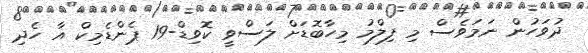
ދުވަހުން ނަމަވެސް މި ފިލްމު މިހާބޮޑަށް ލަސްވީ ކޮވިޑް-19 ޕެންޑެމިކް އާ ހެދި